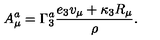
A _ { \mu } ^ { a } = \Gamma _ { 3 } ^ { a } { \frac { e _ { 3 } v _ { \mu } + \kappa _ { 3 } R _ { \mu } } { \rho } } .